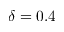
\delta = 0 . 4